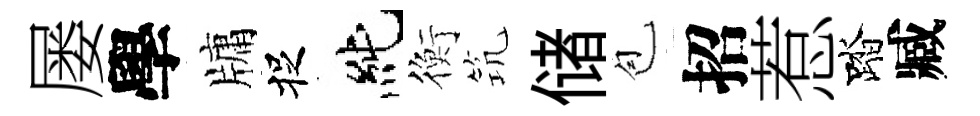
屡學牗捉純衡𥬑储苞招惹踏臧